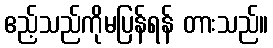
ဧည့်သည်ကိုမပြန်ရန် တားသည်။